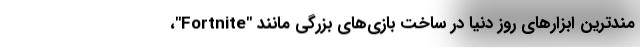
مندترین ابزارهای روز دنیا در ساخت بازی‌های بزرگی مانند "Fortnite"،